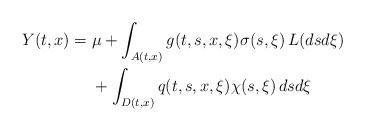
\begin{align*} Y(t,x)={}& \mu +\int_{A(t,x)}g(t,s,x,\xi)\sigma(s,\xi)\,L(dsd\xi) \\ & +\int_{D(t,x)}q(t,s,x,\xi)\chi(s,\xi)\,dsd\xi\end{align*}